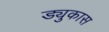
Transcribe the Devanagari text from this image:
ड्युकास